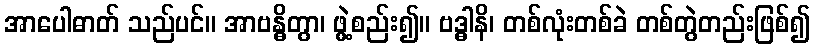
အာပေါဓာတ် သည်ပင်။ အာဗန္ဓိတွာ၊ ဖွဲ့စည်း၍။ ဗဒ္ဓါနိ၊ တစ်လုံးတစ်ခဲ တစ်တွဲတည်းဖြစ်၍